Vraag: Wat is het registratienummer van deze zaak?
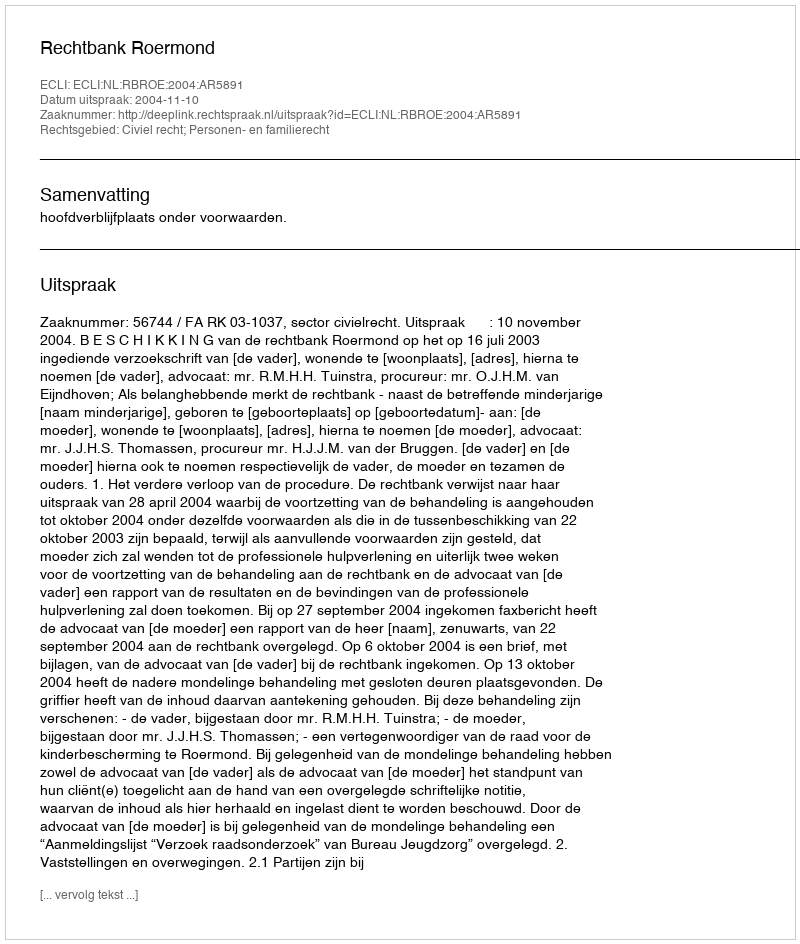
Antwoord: http://deeplink.rechtspraak.nl/uitspraak?id=ECLI:NL:RBROE:2004:AR5891